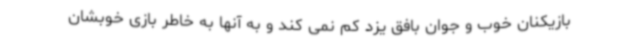
بازیکنان خوب و جوان بافق یزد کم نمی کند و به آنها به خاطر بازی خوبشان